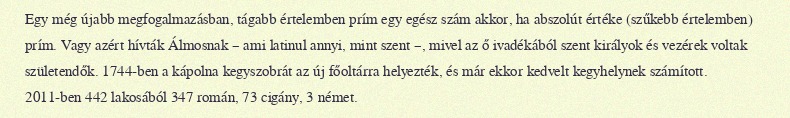
Egy még újabb megfogalmazásban, tágabb értelemben prím egy egész szám akkor, ha abszolút értéke (szűkebb értelemben) prím. Vagy azért hívták Álmosnak – ami latinul annyi, mint szent –, mivel az ő ivadékából szent királyok és vezérek voltak születendők. 1744-ben a kápolna kegyszobrát az új főoltárra helyezték, és már ekkor kedvelt kegyhelynek számított. 2011-ben 442 lakosából 347 román, 73 cigány, 3 német.